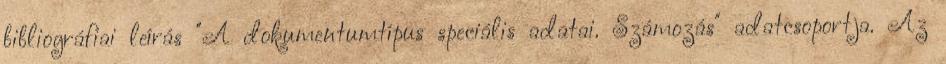
bibliográfiai leírás "A dokumentumtípus speciális adatai. Számozás" adatcsoportja. Az